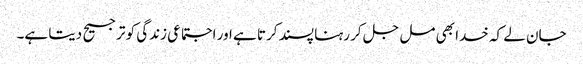
جان لے کہ خدا بھی مل جل کر رہنا پسند کرتا ہے اور اجتماعی زندگی کو ترجیح دیتا ہے۔